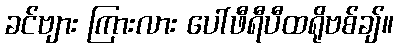
ခင်ဗျား ကြားလား ပေါ်ဖီရီပီထရိုဗစ်ချ်။